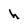
Character: h